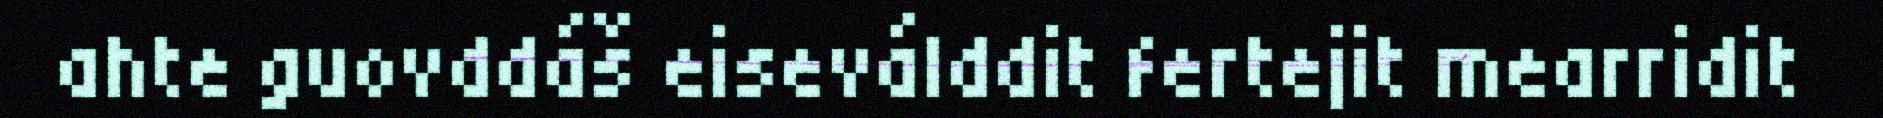
ahte guovddáš eiseválddit fertejit mearridit